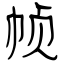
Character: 帧